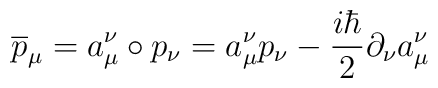
\overline{p}_{\mu}=a^{\nu}_{\mu}\circ p_{\nu}= a^{\nu}_{\mu}p_{\nu}-\frac{i\hbar}{2}\partial _{\nu} a^{\nu}_{\mu}